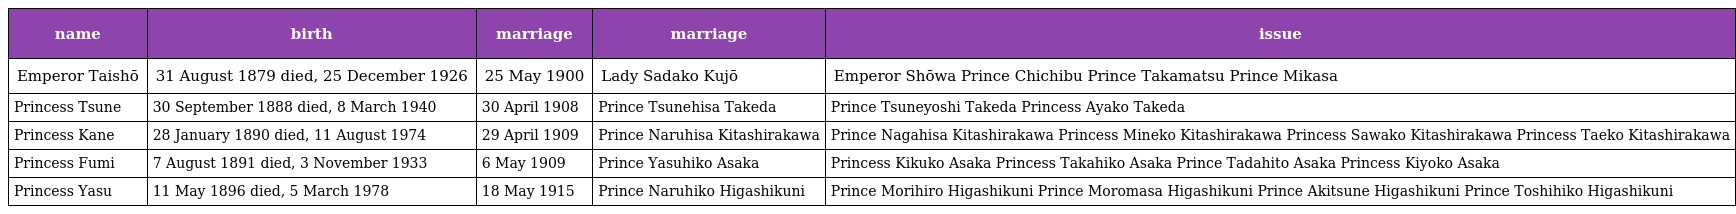
| name | birth | marriage | marriage | issue |
 | --- | --- | --- | --- | --- |
 | Emperor Taishō | 31 August 1879 died, 25 December 1926 | 25 May 1900 | Lady Sadako Kujō | Emperor Shōwa Prince Chichibu Prince Takamatsu Prince Mikasa |
 | Princess Tsune | 30 September 1888 died, 8 March 1940 | 30 April 1908 | Prince Tsunehisa Takeda | Prince Tsuneyoshi Takeda Princess Ayako Takeda |
 | Princess Kane | 28 January 1890 died, 11 August 1974 | 29 April 1909 | Prince Naruhisa Kitashirakawa | Prince Nagahisa Kitashirakawa Princess Mineko Kitashirakawa Princess Sawako Kitashirakawa Princess Taeko Kitashirakawa |
 | Princess Fumi | 7 August 1891 died, 3 November 1933 | 6 May 1909 | Prince Yasuhiko Asaka | Princess Kikuko Asaka Princess Takahiko Asaka Prince Tadahito Asaka Princess Kiyoko Asaka |
 | Princess Yasu | 11 May 1896 died, 5 March 1978 | 18 May 1915 | Prince Naruhiko Higashikuni | Prince Morihiro Higashikuni Prince Moromasa Higashikuni Prince Akitsune Higashikuni Prince Toshihiko Higashikuni |